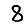
Digit: 8